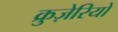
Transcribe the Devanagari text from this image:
क्रुज़ेरियो